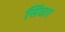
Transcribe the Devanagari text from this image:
सिंघार